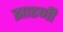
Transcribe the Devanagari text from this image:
झाडणी